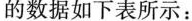
的数据如下表所示：